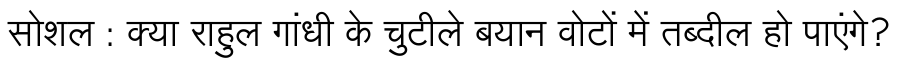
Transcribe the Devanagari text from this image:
सोशल : क्या राहुल गांधी के चुटीले बयान वोटों में तब्दील हो पाएंगे?